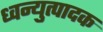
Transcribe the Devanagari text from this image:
ध्वन्युत्पादक